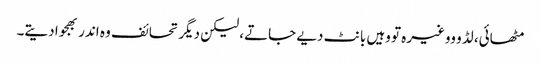
مٹھائی، لڈو ووغیرہ تو وہیں بانٹ دیے جاتے، لیکن دیگر تحائف وہ اندر بھجوا دیتے۔